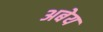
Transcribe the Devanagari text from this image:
अबेय